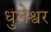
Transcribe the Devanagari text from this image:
धुलेश्वर